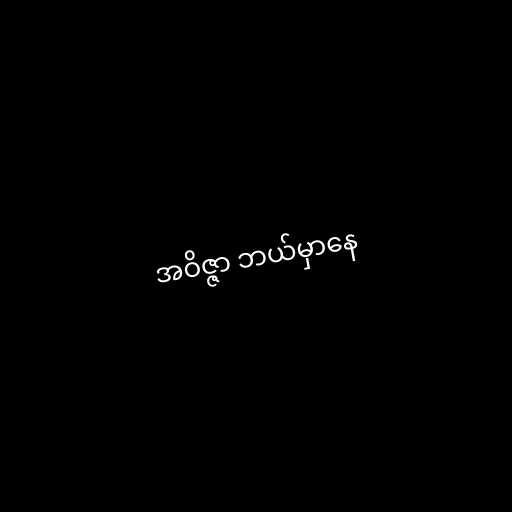
အဝိဇ္ဇာ ဘယ်မှာနေ